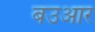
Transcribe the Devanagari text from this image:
बउआर